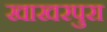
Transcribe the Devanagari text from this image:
खाखरपुरा